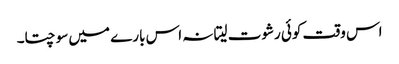
اس وقت کوئی رشوت لیتا نہ اس بارے میں سوچتا۔